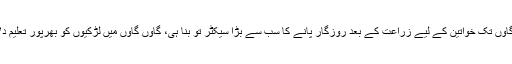
اس کے تحت تین دہائیوں میں تعلیم کا سیکٹر شہر سے گاؤں تک خواتین کے لیے زراعت کے بعد روزگار پانے کا سب سے بڑا سیکٹر تو بنا ہی، گاؤں گاؤں میں لڑکیوں کو بھرپور تعلیم دلانے سے متعلق بھی یہ کوٹہ ایک بڑی وجہ بن گیا ہے۔